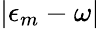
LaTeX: |\epsilon_{m}-\omega|